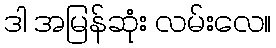
ဒါ အမြန်ဆုံး လမ်းလေ။